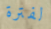
لفترة